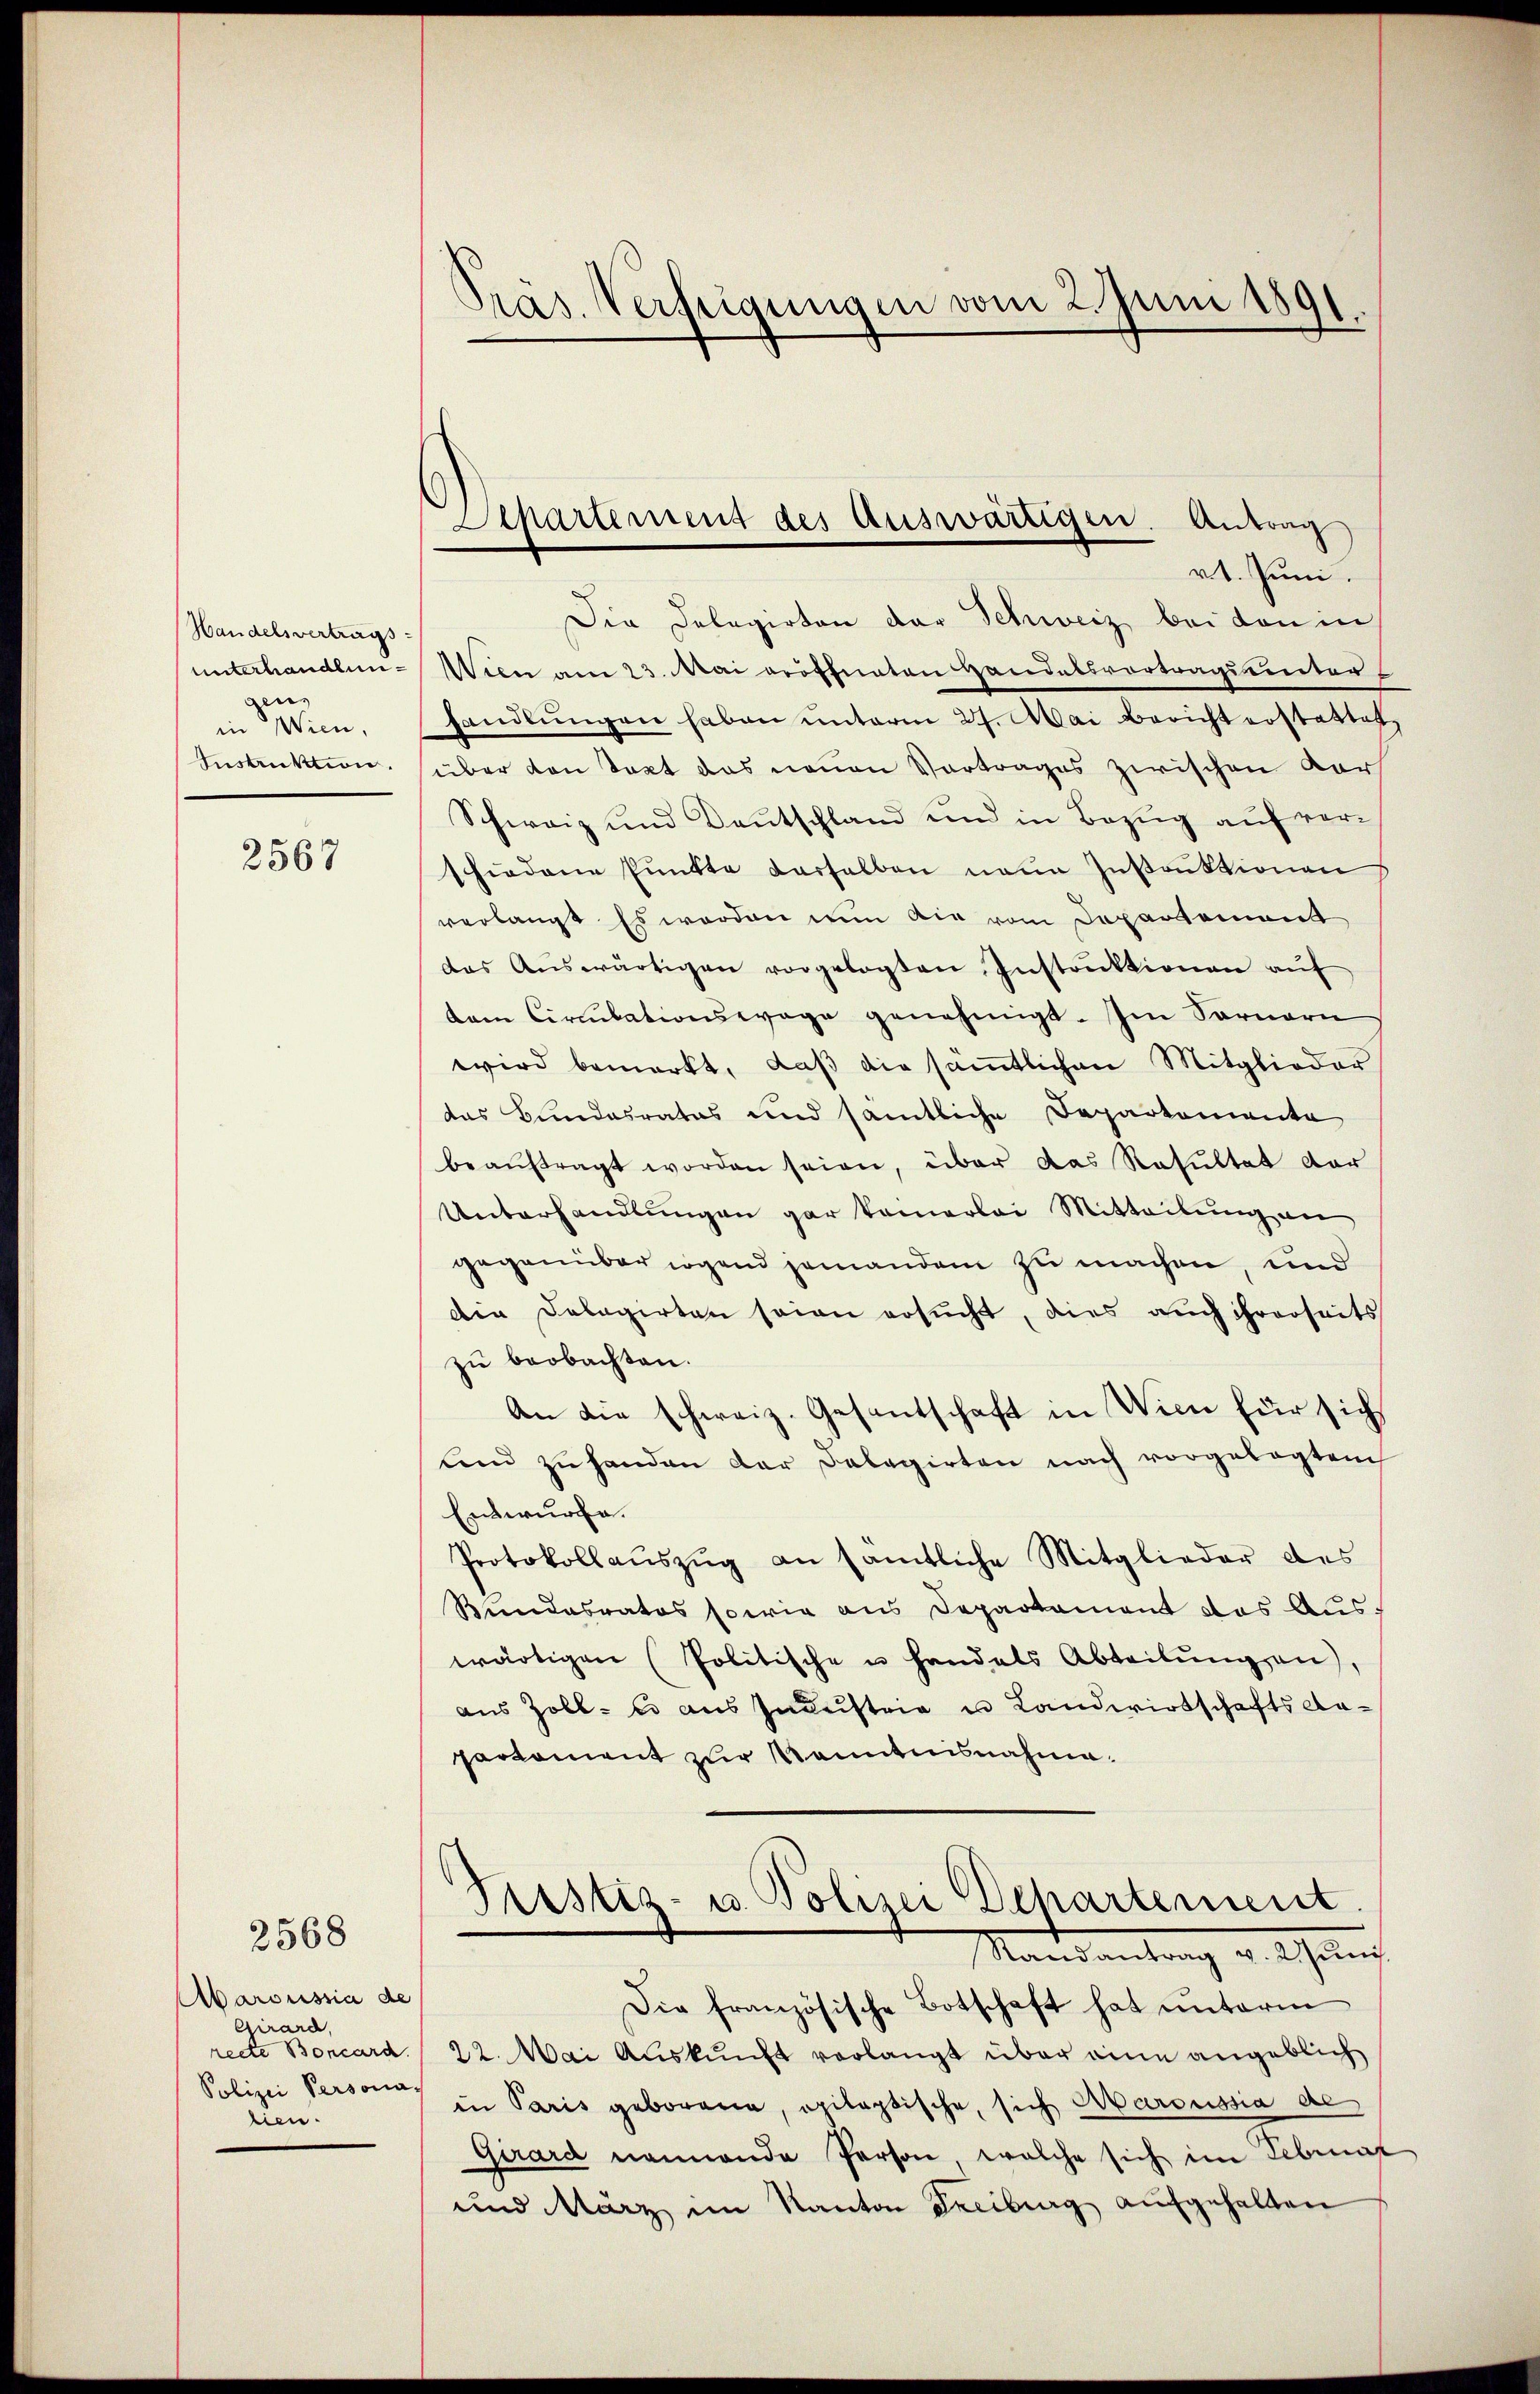
Handelsvertrags
unterhandlundens
in Wien,
Instruktion.

2567

2568

Aaroussia de
Girard,
recte Boncard
Polizei Persona-
lien.

Präs. Verfeigungen vom 2. Juni 1891.

Separtement des Auswärtigen. Antrag

vt. Juni.
Die Delegirten der Schweiz bei den in
Wien am 23. Mai eröffneten Handelsvortrags unters
handlŭngen haben unterm 27. Mai bericht erstattet.
über den Text das neuen Vortrages zwischen Kar
Schweiz und Deutschland und in Bezug auf verhiedene Pŭnkte derselben neue Instruktionen
verlangt Es werden nun die vom Departement
das Aŭswärtigen vorgelegten Instrŭktionen aŭf
dem Circulationswage genehmigt. Im Sarnern
wird bemerkt, daβ die sämtlichen Mitglieder
das Bundesrates und sämtliche Deparkomente
beaŭftragt worden seien, über das Resultat der
Unterhandlungen gar kamerlei Mitteilung an
gegenüber irgend jemandem zu machen, und
Die Delegirten seien ersucht, dies auch ihrerseits
zu beobachten.
An die schweiz. Gesantschaft in Wien für sich
und zu handen der Falagirten nach vorgelegtem
Entwurfe.
Protokollaŭszŭg an sämtliche Mitglieder des
Bundesrates sowie aus Departament das Auswärtigen Politische u Handals Abteilŭng an.
aus Zoll- es aus Industrie in Landwirtschafts daparkoment zur Kenntnisnahme.
Justiz- u. Polizei Departement
Mansantrag v. a. auch
Die französische Botschaft hat unterm
22. Mai Auskunft verlangt über eine angeblich
in Paris geborene, opileptische, sich Marcussia de
Girard nennende Person, welche sich im Februar
und März im Kanton Freiburg aufgehalten